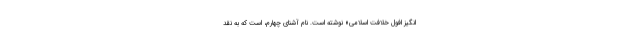
‌انگیز افول خلافت اسلامی» نوشته است. نام آشنای چهارم، است که به نقد